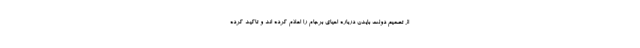
از تصمیم دولت بایدن درباره احیای برجام را اعلام کرده اند و تاکید کرده